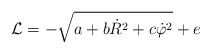
\begin{align*}{\cal L} = - \sqrt{a+ b\dot{R}^2 + c \dot{\varphi}^2 } + e\end{align*}